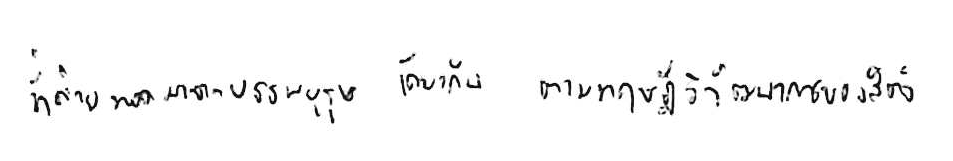
ที่ถ่ายทอดมาจากบรรพบุรุษเดียวกัน ตามทฤษฎีวิวัฒนาการของสัตว์